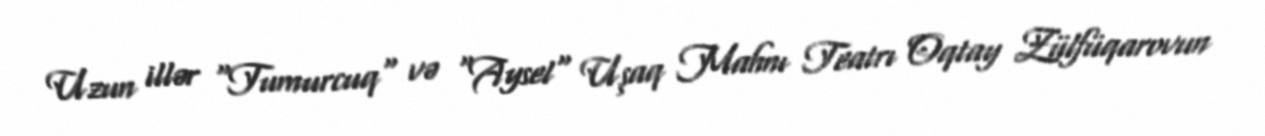
Uzun illər "Tumurcuq" və "Aysel" Uşaq Mahnı Teatrı Oqtay Zülfüqarovun